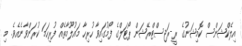
އިލެކްޝަންސް ކޮމިޝަނުގެ ރީ-ރަޖިސްޓްރޭޝަން ޕޯޓަލްގެ ފޯމުގައިވާ ހުރިހާ މައުލޫމާތެއް ފުރިހަމަ ކުރަންވާނެއެވެ. މި